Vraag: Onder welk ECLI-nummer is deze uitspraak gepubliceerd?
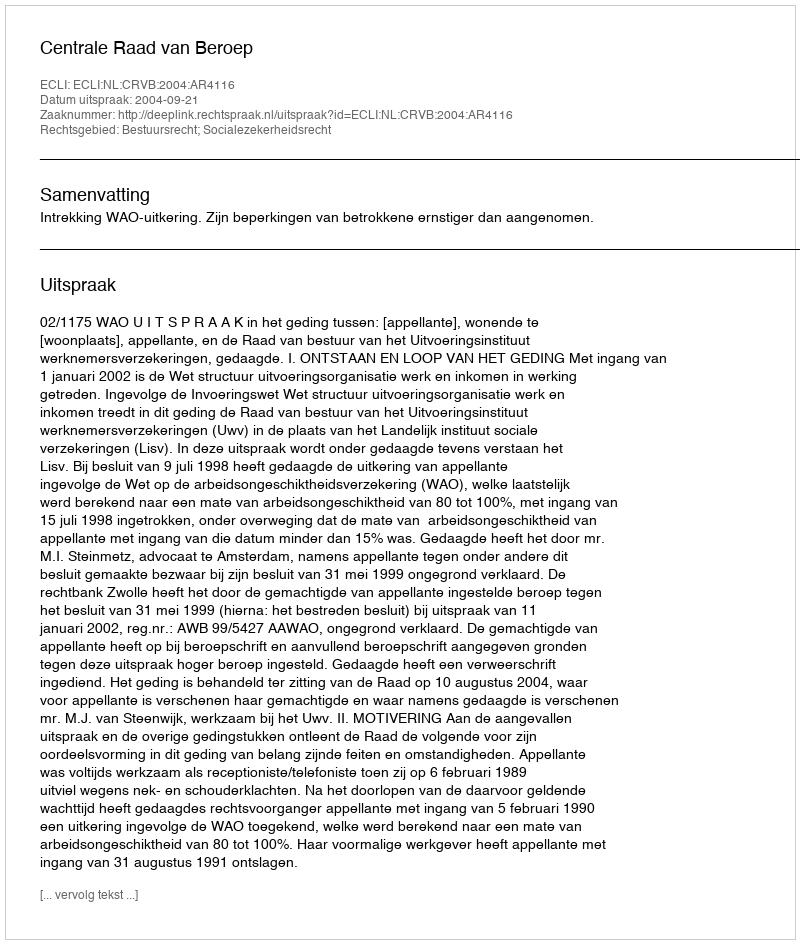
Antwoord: ECLI:NL:CRVB:2004:AR4116